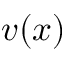
\ensuremath { \boldsymbol { v } } ( \ensuremath { \boldsymbol { { x } } } )